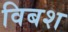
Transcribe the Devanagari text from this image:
विबश